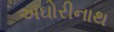
અઘોરીનાથ